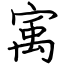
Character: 㝢